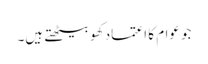
جو عوام کا اعتماد کھو بیٹھتے ہیں۔